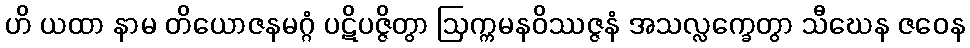
ဟိ ယထာ နာမ တိယောဇနမဂ္ဂံ ပဋိပဇ္ဇိတွာ ဩက္ကမနဝိဿဇ္ဇနံ အသလ္လက္ခေတွာ သီဃေန ဇဝေန